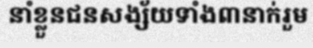
នាំខ្លួនជនសង្ស័យទាំង៣នាក់រួម